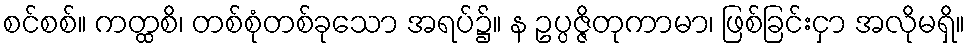
စင်စစ်။ ကတ္ထစိ၊ တစ်စုံတစ်ခုသော အရပ်၌။ န ဥပ္ပဇ္ဇိတုကာမာ၊ ဖြစ်ခြင်းငှာ အလိုမရှိ။